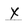
Character: X